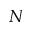
N